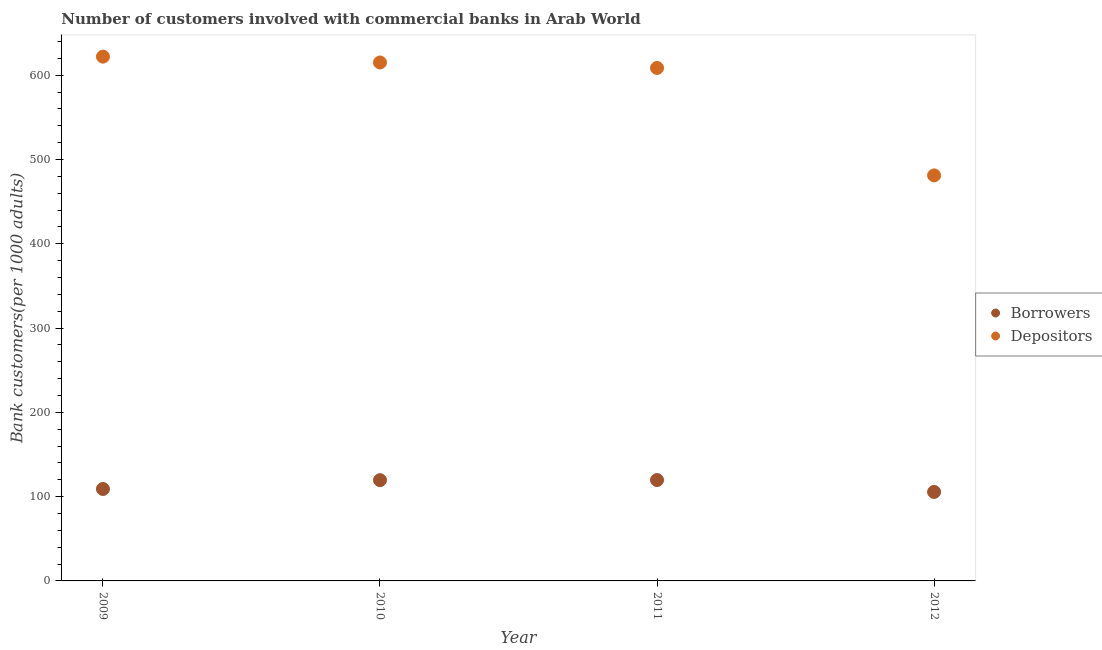
| Year | Borrowers | Depositors |
 | --- | --- | --- |
 | 2009 | 109 | 622 |
 | 2010 | 120 | 615 |
 | 2011 | 120 | 609 |
 | 2012 | 106 | 481 |